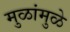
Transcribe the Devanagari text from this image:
मुळांमुळे